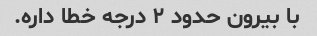
با بیرون حدود ۲ درجه خطا داره.